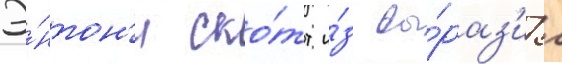
Э́нтон'и ско́тт и́з вы́раз'ил